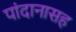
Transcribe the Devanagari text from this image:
पांदानासह